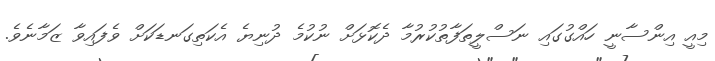
މިއީ އިންސާނީ ހައްގުގައި ނަސްލީތަފާތުކުރުމާ ދެކޮޅަށް ނުކުމެ ދުނިޔެ އެކަތިގަނޑަކަށް ވެފައިވާ ޒަމާނެވެ.